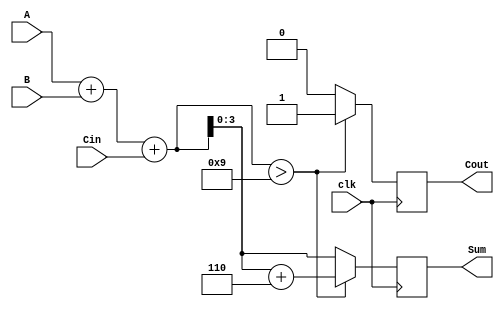
module BCD_Synchronous_Adder (
    input wire [3:0] A,        // BCD input A
    input wire [3:0] B,        // BCD input B
    input wire Cin,            // Carry input
    input wire clk,            // Clock signal
    output reg [3:0] Sum,      // BCD output Sum
    output reg Cout            // Carry output
);

    reg [4:0] RawSum;          // 5-bit signal to hold the raw sum
    reg Adjust;                // Adjustment signal

    always @(posedge clk) begin
        // Step 1: Compute the raw sum of A, B, and Cin
        RawSum = A + B + Cin;

        // Step 2: Determine if adjustment is needed
        Adjust = (RawSum > 9);

        // Step 3: Final BCD calculation
        if (Adjust) begin
            Sum = RawSum + 5'b00110;  // Add 6 if adjustment is needed
            Cout = 1'b1;              // Set the carry out
        end else begin
            Sum = RawSum[3:0];        // No adjustment needed, take the lower 4 bits
            Cout = 1'b0;              // Clear the carry out
        end
    end

endmodule